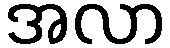
အလာ